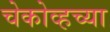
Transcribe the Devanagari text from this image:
चेकोव्हच्या